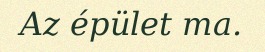
Az épület ma.